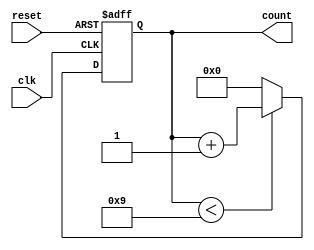
module bcd_counter (
    input wire clk,       // Clock signal
    input wire reset,     // Asynchronous reset signal
    output reg [3:0] count // 4-bit BCD output
);

// Always block triggered on the rising edge of the clock
always @(posedge clk or posedge reset) begin
    if (reset) begin
        // Asynchronous reset: set count to 0
        count <= 4'b0000;
    end else begin
        // Counting mechanism
        if (count < 4'b1001) begin
            // Increment count if it's less than 9
            count <= count + 1;
        end else begin
            // Reset count to 0 if it reaches 9
            count <= 4'b0000;
        end
    end
end

endmodule